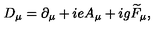
D _ { \mu } = \partial _ { \mu } + i e A _ { \mu } + i g \widetilde { F } _ { \mu } ,